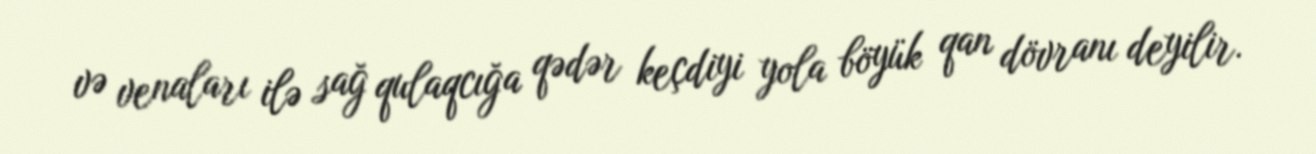
və venaları ilə sağ qulaqcığa qədər keçdiyi yola böyük qan dövranı deyilir.